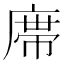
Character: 鿮